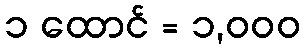
၁ ထောင် = ၁,၀၀၀